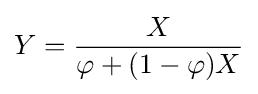
Y={\frac {X}{\varphi +(1-\varphi )X}}